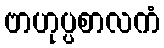
ဗာဟုပ္ပစာလကံ